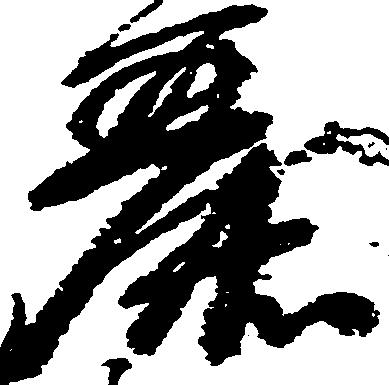
麗